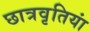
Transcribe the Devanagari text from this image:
छात्रवृतियां